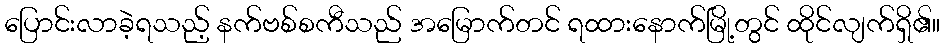
ပြောင်းလာခဲ့ရသည့် နက်ဗစ်စကီသည် အမြောက်တင် ရထားနောက်မြို့တွင် ထိုင်လျက်ရှိ၏။